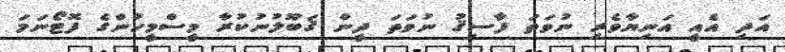
އަދި އެއީ އަނިޔާވެރި ނުވަތަ ފާސިޤު ނުވަތަ ދީން ޤަބޫލުނުކުރާ މީސްމީހުންގެ ފޮޓޯނަމަ